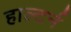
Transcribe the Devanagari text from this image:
हाल्टर्न